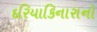
દરિયાકિનારાનો